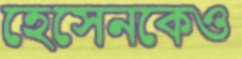
হেসেনকেও